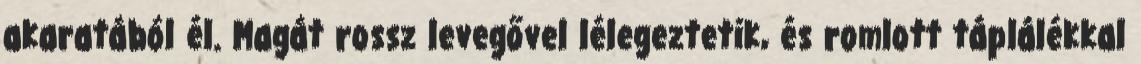
akaratából él. Magát rossz levegővel lélegeztetik, és romlott táplálékkal